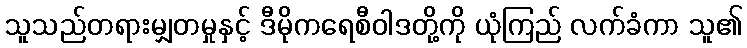
သူသည်တရားမျှတမှုနှင့် ဒီမိုကရေစီဝါဒတို့ကို ယုံကြည် လက်ခံကာ သူ၏